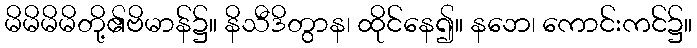
မိမိမိမိတို့၏ဗိမာန်၌။ နိသီဒိတွာန၊ ထိုင်နေ၍။ နဘေ၊ ကောင်းကင်၌။